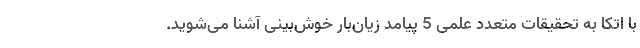
با اتکا به تحقیقات متعدد علمی 5 پیامد زیان‌بار خوش‌بینی آشنا می‌شوید.